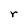
Character: r